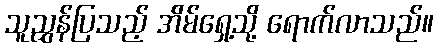
သူညွှန်ပြသည့် အ်ိမ်ရှေ့သို့ ရောက်လာသည်။